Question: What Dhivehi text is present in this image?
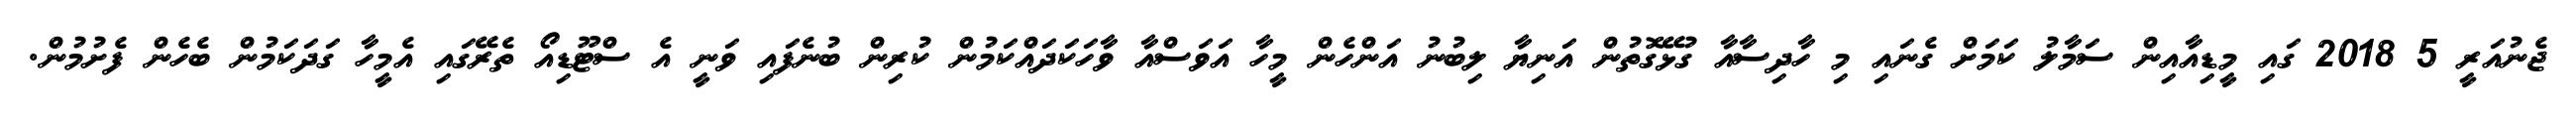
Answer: ޖެނުއަރީ 5 2018 ގައި މީޑިއާއިން ސަމާލު ކަމަށް ގެނައި މި ހާދިސާއާ ގުޅޭގޮތުން އަނިޔާ ލިބުނު އަންހެން މީހާ އަވަސްއާ ވާހަކަދައްކަމުން ކުރިން ބުނެފައި ވަނީ އެ ސްޓޫޑިއޯ ތެރޭގައި އެމީހާ ގަދަކަމުން ބެހެން ފެށުމުން.